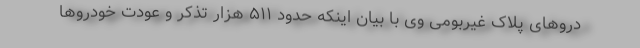
دروهای پلاک غیربومی وی با بیان اینکه حدود ۵۱۱ هزار تذکر و عودت خودروها